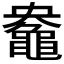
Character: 𮮤